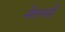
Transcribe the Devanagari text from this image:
मेलनो